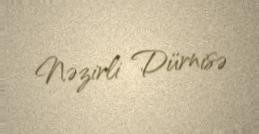
Nəzirli Dürnisə